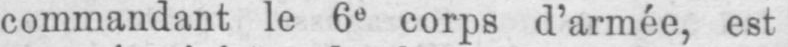
commandant le 6e corps d’armée, est